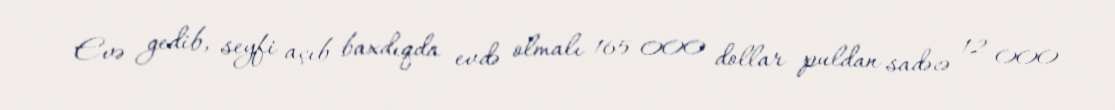
Evə gedib, seyfi açıb baxdıqda evdə olmalı 165 000 dollar puldan sadəcə 12 000